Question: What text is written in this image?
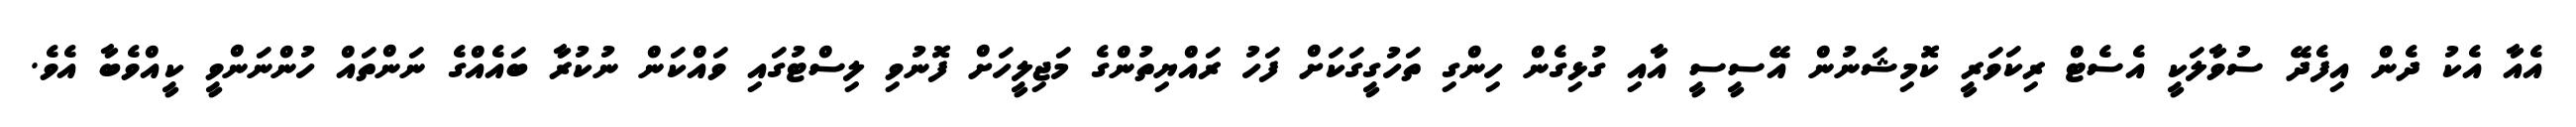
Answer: އެއާ އެކު ދެން އިފެދޭ ސުވާލަކީ އެސެޓް ރިކަވަރީ ކޮމިޝަނުން އޭސީސީ އާއި ގުޅިގެން ހިންގި ތަހުގީގަކަށް ފަހު ރައްޔިތުންގެ މަޖިލީހަށް ފޮނުވި ލިސްޓުގައި ވައްކަން ނުކުރާ ބައެއްގެ ނަންތައް ހުންނަންވީ ކީއްވެބާ އެވެ.